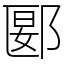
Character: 郾